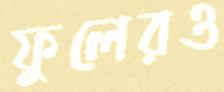
ফুলেরও